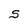
Character: S